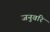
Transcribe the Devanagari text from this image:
जनुवरि